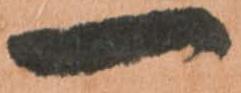
一